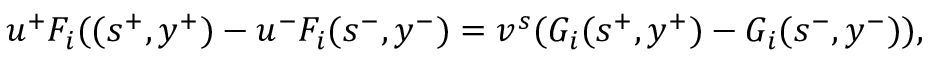
u ^ { + } F _ { i } ( ( s ^ { + } , y ^ { + } ) - u ^ { - } F _ { i } ( s ^ { - } , y ^ { - } ) = v ^ { s } ( G _ { i } ( s ^ { + } , y ^ { + } ) - G _ { i } ( s ^ { - } , y ^ { - } ) ) ,